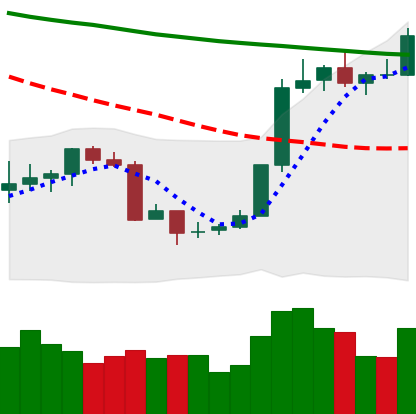
Ticker: BTC-USD
Chart end date: 2018-07-23
Forward return: 6.238%
Label: up_5_7